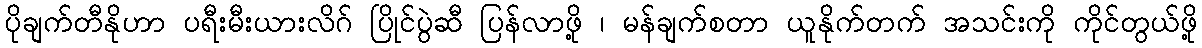
ပိုချက်တီနိုဟာ ပရီးမီးယားလိဂ် ပြိုင်ပွဲဆီ ပြန်လာဖို့ ၊ မန်ချက်စတာ ယူနိုက်တက် အသင်းကို ကိုင်တွယ်ဖို့